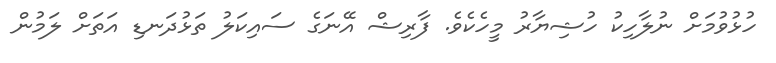
ހުޅުވުމަށް ނުލާހިކު ހުޝިޔާރު މީހެކެވެ. ފާރިޝް އޭނަގެ ސައިކަލު ތަޅުދަނޑި އަތަށް ލަމުން